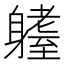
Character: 𨊆